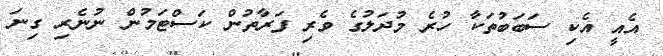
އެއީ އެކި ސަބަބުތަކާ ހުރެ މުދަލުގެ ވެރި ފަރާތުން ކަސްޓަމުން ނުނެރި ގިނަ